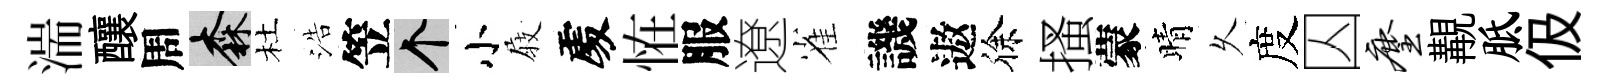
湍釀周森杜浩笠个小𡲆𠁅恠服遼雀譏遨徐搔蒙晴乆度囚麈覯胝伋